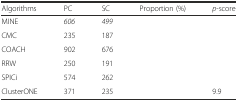
<table><thead><tr><td><b>Algorithms</b></td><td><b>PC</b></td><td><b>SC</b></td><td><b>Proportion (%)</b></td><td><b><i>p</i>-score</b></td></tr></thead><tbody><tr><td>MINE</td><td><i>606</i></td><td><i>499</i></td><td>[EMPTY_CELL]</td><td>[EMPTY_CELL]</td></tr><tr><td>CMC</td><td>235</td><td>187</td><td>[EMPTY_CELL]</td><td>[EMPTY_CELL]</td></tr><tr><td>COACH</td><td>902</td><td>676</td><td>[EMPTY_CELL]</td><td>[EMPTY_CELL]</td></tr><tr><td>RRW</td><td>250</td><td>191</td><td>[EMPTY_CELL]</td><td>[EMPTY_CELL]</td></tr><tr><td>SPICi</td><td>574</td><td>262</td><td>[EMPTY_CELL]</td><td>[EMPTY_CELL]</td></tr><tr><td>ClusterONE</td><td>371</td><td>235</td><td>[EMPTY_CELL]</td><td>9.9</td></tr></tbody></table>